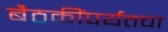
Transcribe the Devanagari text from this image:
बैठकींपर्यंतचा